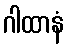
ဂါထာနံ